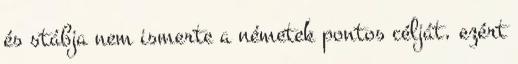
és stábja nem ismerte a németek pontos célját, ezért